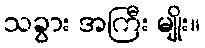
သခွား အကြီး မျိုး။